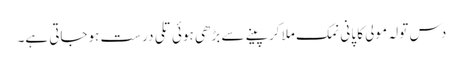
دس تولہ مولی کا پانی نمک ملا کر پینے سے بڑھی ہوئی تلی درست ہوجاتی ہے۔